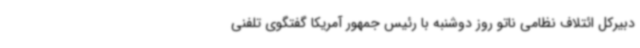
دبیرکل ائتلاف نظامی ناتو روز دوشنبه با رئیس جمهور آمریکا گفتگوی تلفنی